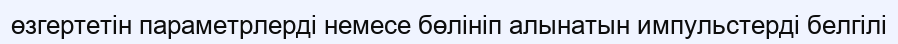
өзгертетін параметрлерді немесе бөлініп алынатын импульстерді белгілі